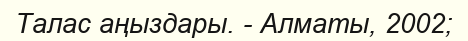
Талас аңыздары. - Алматы, 2002;